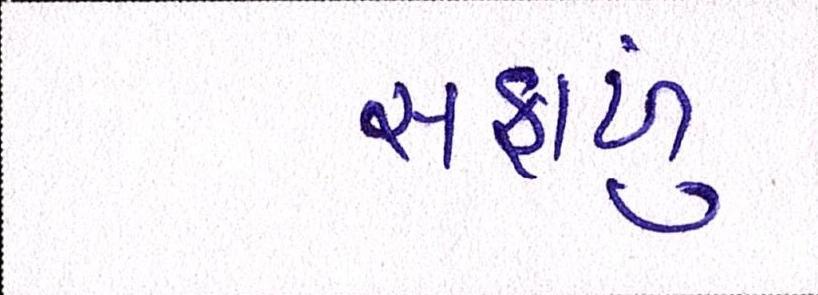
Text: સફાળું